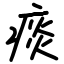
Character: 痰